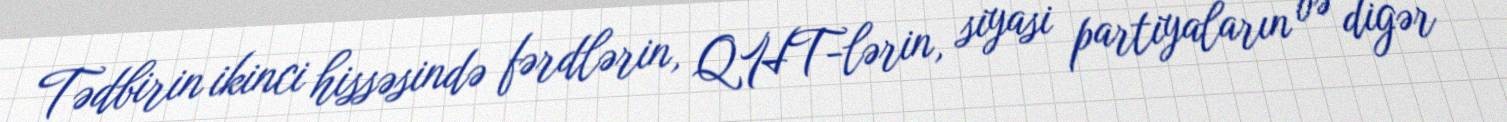
Tədbirin ikinci hissəsində fərdlərin, QHT-lərin, siyasi partiyaların və digər